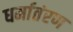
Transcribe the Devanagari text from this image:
धर्मातंरण